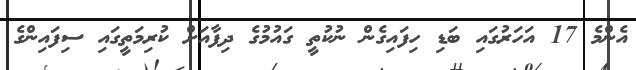
އެންމެ 17 އަހަރުގައި ބަޑި ހިފައިގެން ނުކުތީ ގައުމުގެ ދިފާއަށް ކުރިމަތީގައި ސިފައިންގެ